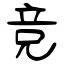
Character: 竞